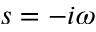
s = - i \omega